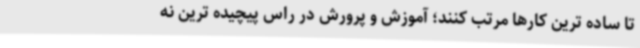
تا ساده ترین کارها مرتب کنند؛ آموزش و پرورش در راس پیچیده ترین نه